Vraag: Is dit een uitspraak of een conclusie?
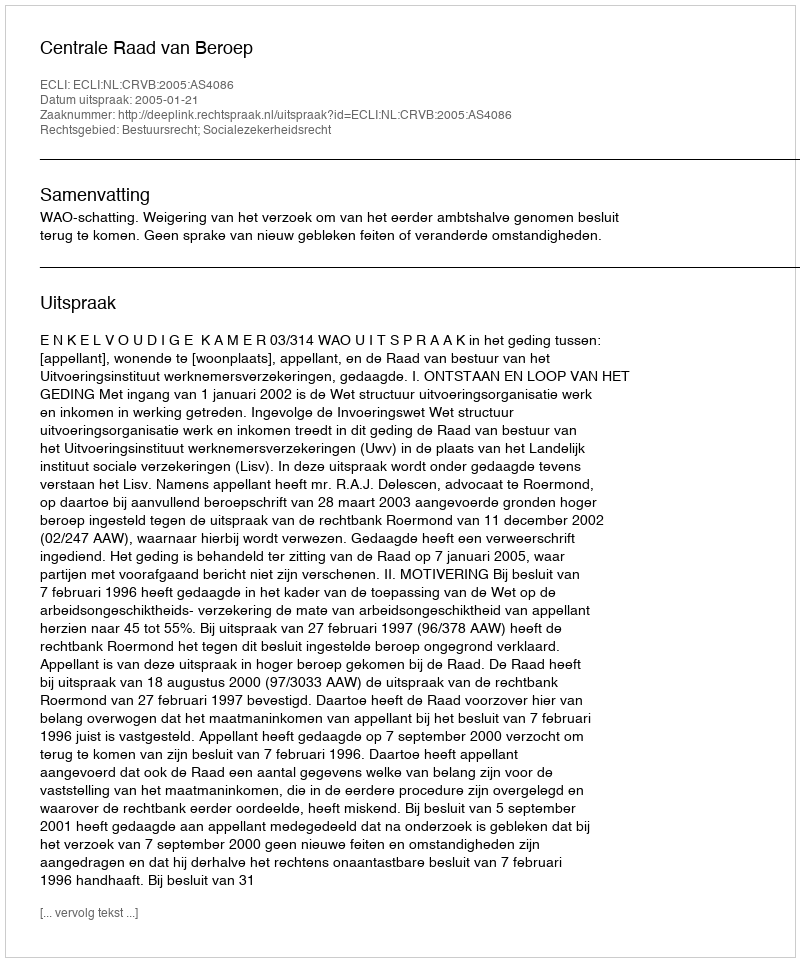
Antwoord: Uitspraak